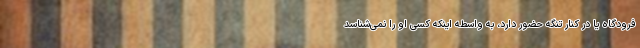
فرودگاه یا در کنار تنگه حضور دارد، به واسطه اینکه کسی او را نمی‌شناسد